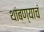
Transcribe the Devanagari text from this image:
थांबण्याचं